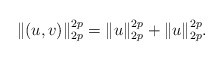
\begin{align*}\|(u,v)\|_{2p}^{2p}=\|u\|_{2p}^{2p}+\|u\|_{2p}^{2p}.\end{align*}